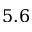
5 . 6